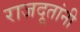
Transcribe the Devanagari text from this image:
राजदूतांनी